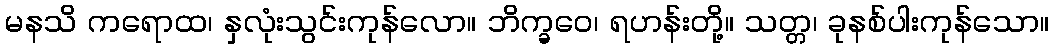
မနသိ ကရောထ၊ နှလုံးသွင်းကုန်လော။ ဘိက္ခဝေ၊ ရဟန်းတို့။ သတ္တ၊ ခုနစ်ပါးကုန်သော။